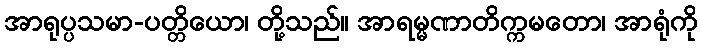
အာရုပ္ပသမာ-ပတ္တိယော၊ တို့သည်။ အာရမ္မဏာတိက္ကမတော၊ အာရုံကို